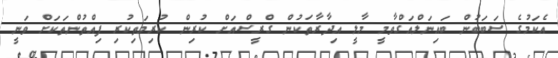
އެކަމުގެ ސަބަބުން ބައިނަލްއަގްވާމީ މާލީ އިދާރާތަކުން ގްރީސްއަށް ކުރިން ކުރިމަތިކުރި ފިއްތުންތަކަށް ވަނީ